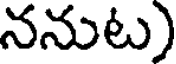
ననుట)